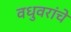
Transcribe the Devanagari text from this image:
वधुवरांचे